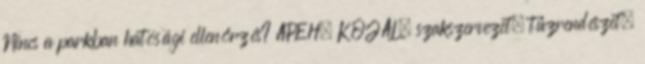
Nincs a parkban hatósági ellenőrzés? APEH, KÖJÁL, szakszervezet, tűzrendészet,